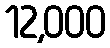
12,000